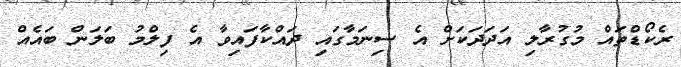
ރެކޯޑްތައް މުގުރާލި އަދަދަކަށް އެ ސިނަމާގައި ދައްކާފައިވާ އެ ފިލްމު ބަލަން ބައެއް